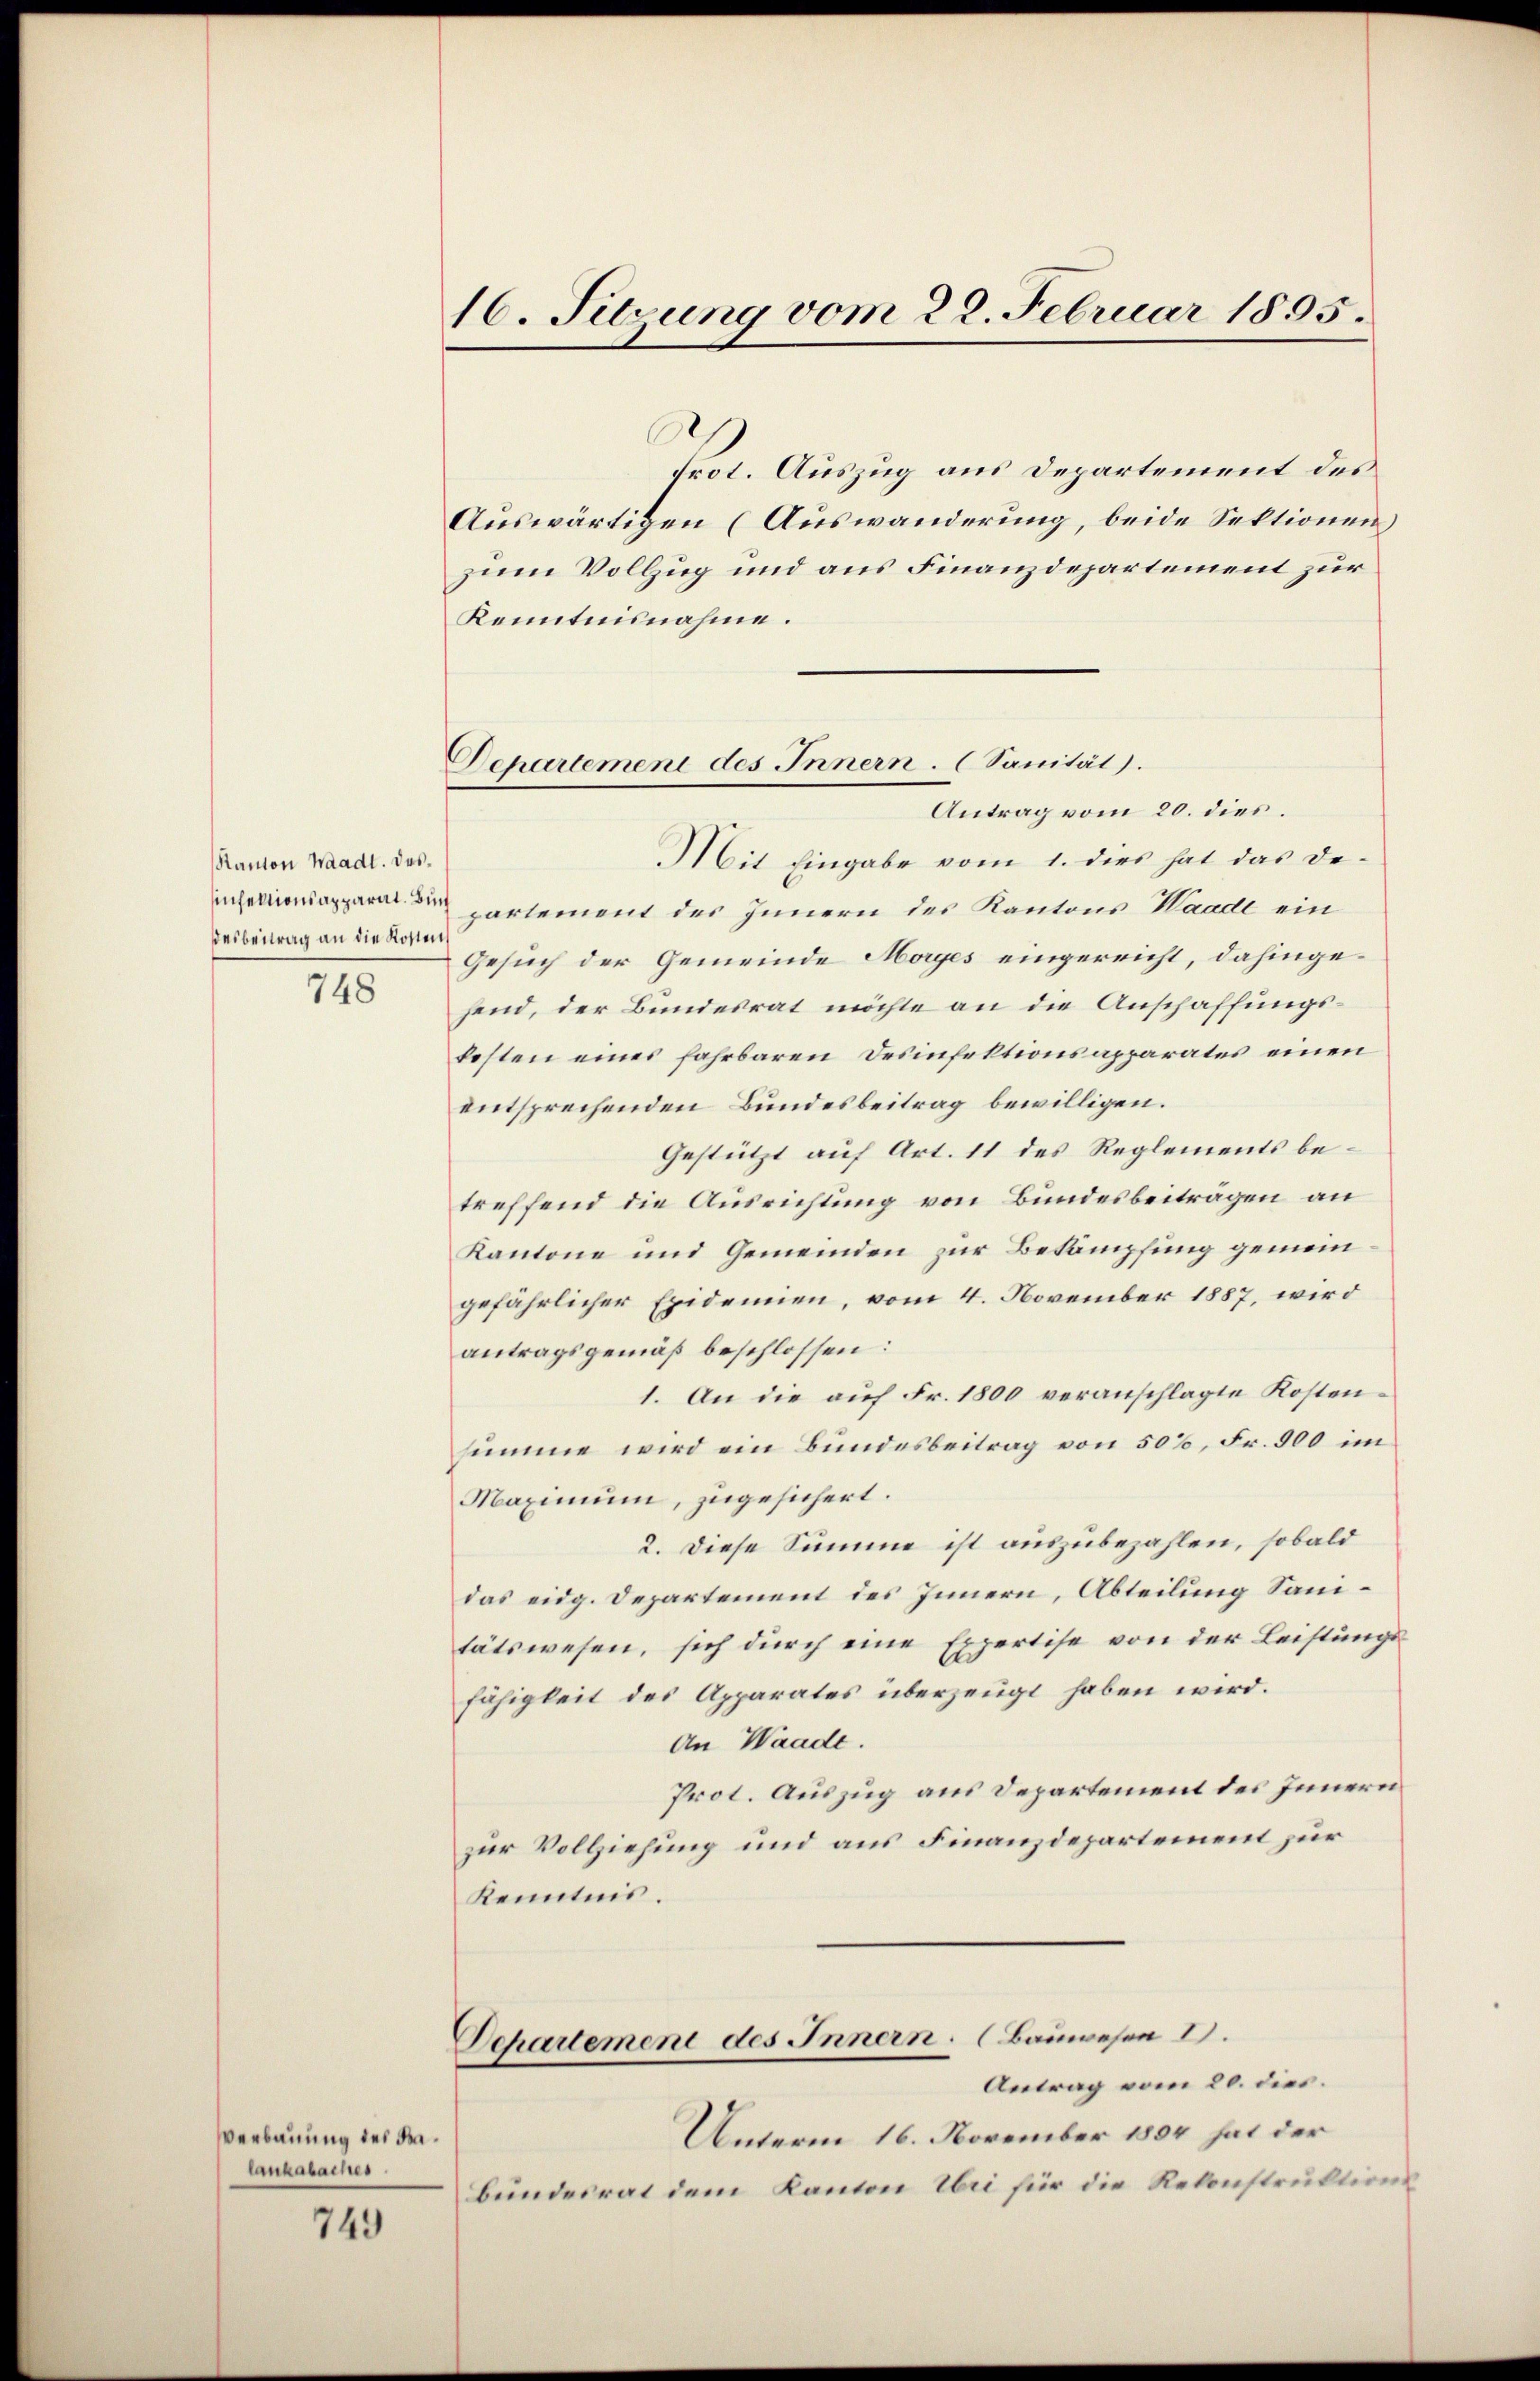
Kanton Waadt. Das¬
Deibentrag an die Kostens
748

Verbauung des Balankabaches.

749

16. Sitzung vom 28. Februar 1895.

Dehartement des Innern. (Sanität).
Antrag vom 20. dies

C
frot. Auszug aus Departement des
Auswärtigen (Auswanderung, beide Sektionen
zum Vollzug und aus Finanzdepartement zur
Kenntnisnahme.
Mit Eingabe vom 1. dies hat das Deihappare partement des Innern des Kantons Waadt ein
Gesuch der Gemeinde Morges eingereicht, dahingehend, der Bundesrat möchte an die Anschaffungsfesten eines fahrbaren Desinfektionsapparates einen
entsprechenden Bundesbeitrag bewilligen.
Gestützt auf Art. 11 des Reglements betreffend die Ausrichtung von Bundesbeiträgen an
Kantone und Gemeinden zur Bekämpfung gemeingefährlicher Epidemien, vom 4. November 1887, wird
antragsgemäß beschlossen:
1. An die auf Fr. 1800 veranschlagte Kostensumme wird ein Bundesbeitrag von 50%, Fr. 900 im
Maximum, zugesichert.
2. Diese Summe ist auszubezahlen, sobald
das eidg. Departement des Innern, Abteilung Sanitätswesen, sich durch eine Expertise von der Leistungs
fähigkeit des Apparates überzeugt haben wird.
An Waadt.
Prot. Auszug aus Departement des Innern
zur Vollziehung und aus Finanzdepartement zur
Kenntnis.
Departement des Innern. (Bauwesen 1.
Antrag vom 20. dies.
Unterm 16. November 1854 hat der
bundesrat dem Kanton Uri für die Rekonstruktions